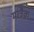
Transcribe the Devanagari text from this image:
मात्रैक